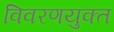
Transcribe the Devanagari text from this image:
विवरणयुक्त